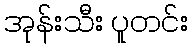
အုန်းသီး ပူတင်း